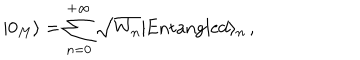
| 0 _ { M } \rangle = \sum _ { n = 0 } ^ { + \infty } \sqrt { W _ { n } } | \mathrm { E n t a n g l e d } \rangle _ { n } \, ,